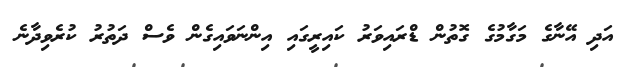
އަދި އޭނާގެ މަގާމުގެ ގޮތުން ޑްރައިވަރު ކައިރީގައި އިންނަވައިގެން ވެސް ދަތުރު ކުރެވިދާނެ